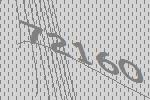
72160